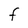
Character: F